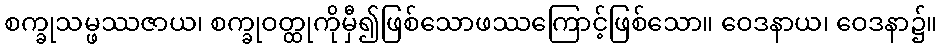
စက္ခုသမ္ဖဿဇာယ၊ စက္ခုဝတ္ထုကိုမှီ၍ဖြစ်သောဖဿကြောင့်ဖြစ်သော။ ဝေဒနာယ၊ ဝေဒနာ၌။